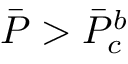
\Bar { P } > \Bar { P } _ { c } ^ { b }